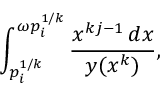
\int _ { p _ { i } ^ { 1 / k } } ^ { \omega p _ { i } ^ { 1 / k } } \frac { x ^ { k j - 1 } \, d x } { y ( x ^ { k } ) } ,